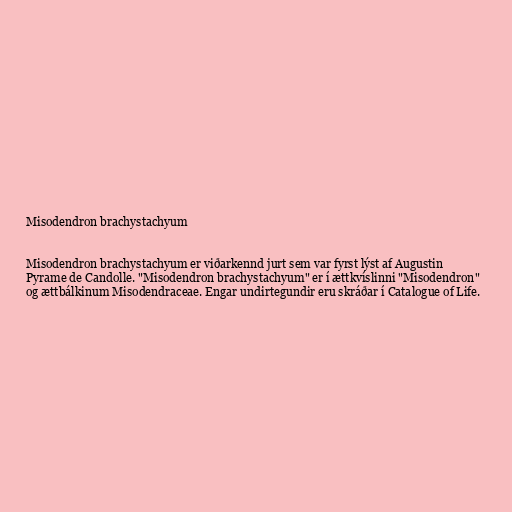
Misodendron brachystachyum

Misodendron brachystachyum er viðarkennd jurt sem var fyrst lýst af Augustin
Pyrame de Candolle. "Misodendron brachystachyum" er í ættkvíslinni "Misodendron"
og ættbálkinum Misodendraceae. Engar undirtegundir eru skráðar í Catalogue of Life.